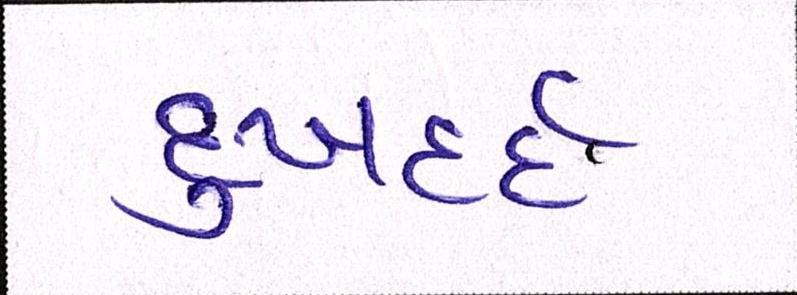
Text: દુઃખદર્દ